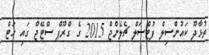
ތުޅާދޫ ކައުންސިލް ފުޓްސަލް ޗެލެންޖް 2015 ގެ ގްރޫޕް ސްޓޭޖް ގައި ހަޓް